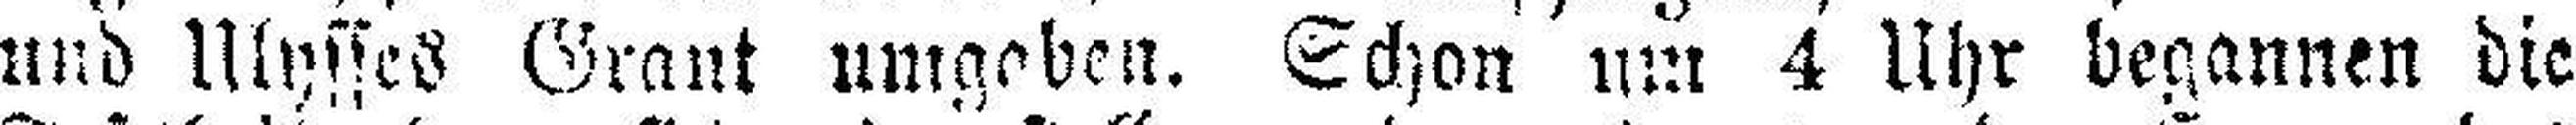
und Ulysses Grant umgaben. Schon um 4 Uhr begannen die